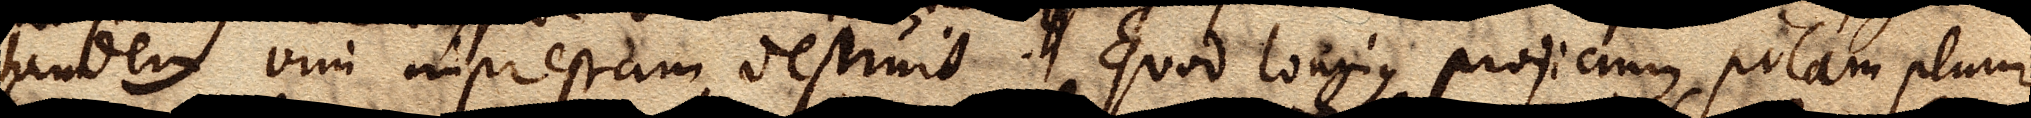
tandem vim impressam destruit. Quod longius projicimus pilam plum–